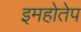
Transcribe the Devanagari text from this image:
इमहोतेप